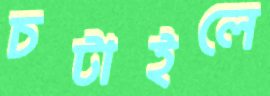
চটাইলে